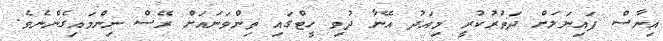
އިނާސް ފައިނަލަށް ދަތުރުކުރީ މިއަދު އޭނާ ދުވި ހީޓްގައި ތިންވަނައަށް ރޭސް ނިންމައިގެންނެވެ.